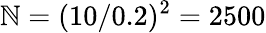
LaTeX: \mathbb{N}=({10}/{0.2})^{2}=2500